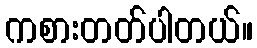
ကစားတတ်ပါတယ်။